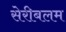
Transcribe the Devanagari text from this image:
सेरीबलम